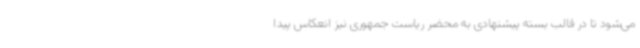
می‌شود تا در قالب بسته‌ پیشنهادی به محضر ریاست جمهوری نیز انعکاس پیدا